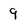
Character: 9